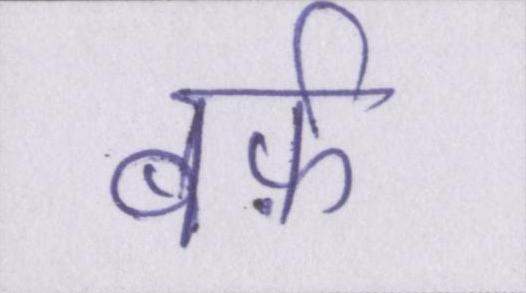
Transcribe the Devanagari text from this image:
बर्फ़